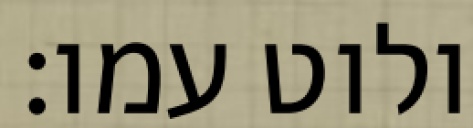
ולוט עמו׃